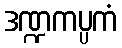
ဒဏ္ဍကပ္ပကံ